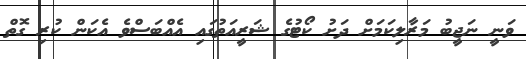
ވަނީ ނަޖީބު މަރާލިކަމަށް ދަށު ކޯޓުގެ ޝަރީއަތުގައި އެއްބަސްވެ އެކަން ކުރި ގޮތް